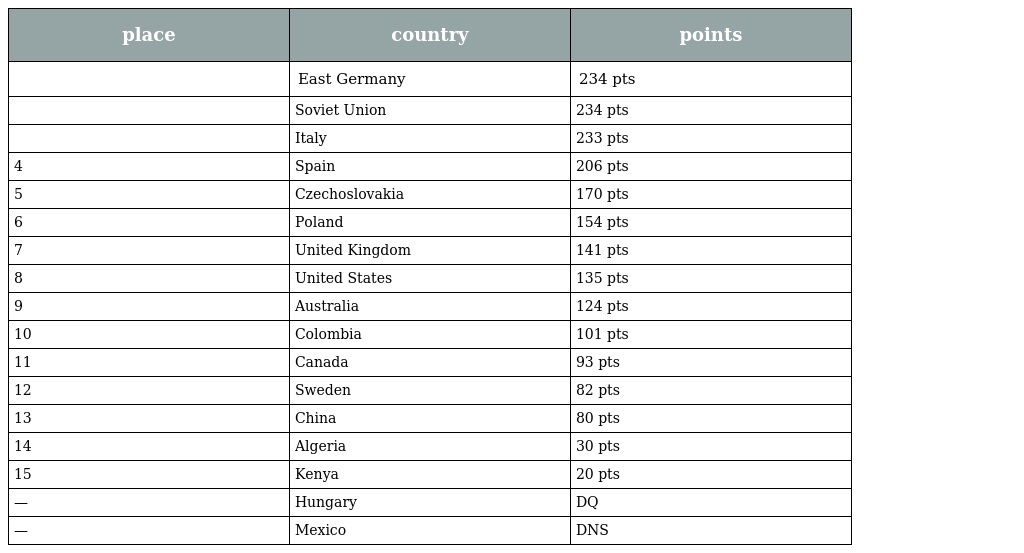
| place | country | points |
 | --- | --- | --- |
 |  | East Germany | 234 pts |
 |  | Soviet Union | 234 pts |
 |  | Italy | 233 pts |
 | 4 | Spain | 206 pts |
 | 5 | Czechoslovakia | 170 pts |
 | 6 | Poland | 154 pts |
 | 7 | United Kingdom | 141 pts |
 | 8 | United States | 135 pts |
 | 9 | Australia | 124 pts |
 | 10 | Colombia | 101 pts |
 | 11 | Canada | 93 pts |
 | 12 | Sweden | 82 pts |
 | 13 | China | 80 pts |
 | 14 | Algeria | 30 pts |
 | 15 | Kenya | 20 pts |
 | — | Hungary | DQ |
 | — | Mexico | DNS |